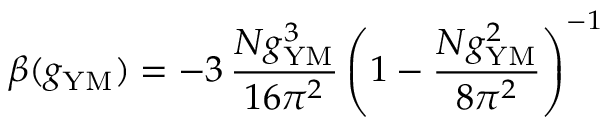
\beta ( g _ { \mathrm { Y M } } ) = - 3 \, \frac { N g _ { \mathrm { Y M } } ^ { 3 } } { 1 6 \pi ^ { 2 } } \left( 1 - \frac { N g _ { \mathrm { Y M } } ^ { 2 } } { 8 \pi ^ { 2 } } \right) ^ { - 1 }